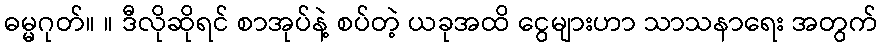
ဓမ္မဂုတ်။ ။ ဒီလိုဆိုရင် စာအုပ်နဲ့ စပ်တဲ့ ယခုအထိ ငွေများဟာ သာသနာရေး အတွက်